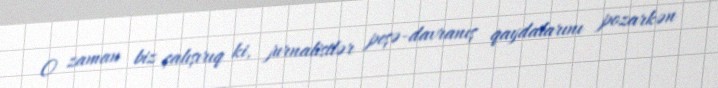
O zaman biz çalışırıq ki, jurnalistlər peşə-davranış qaydalarını pozarkən